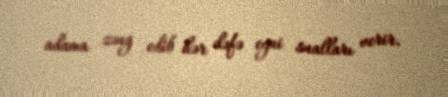
adama zəng edib hər dəfə eyni sualları verir.